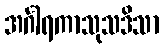
အင်္ဂါရကာသုသဒိသာ